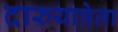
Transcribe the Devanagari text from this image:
दारुयात्रेला